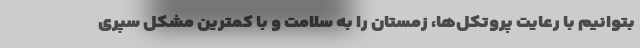
بتوانیم با رعایت پروتکل‌ها، زمستان را به سلامت و با کمترین مشکل سپری